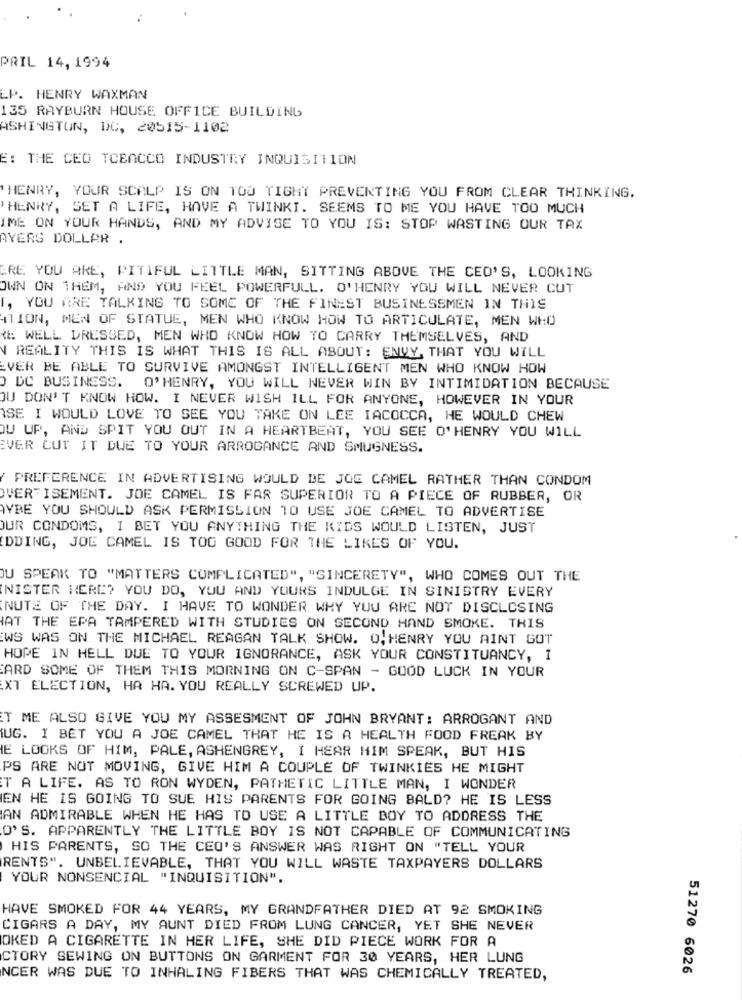
PRIL 14, 1994
LP. HENRY WAXMAN
135 RAYBURN HOUSE OFFICE BUILDING
ASHINGTON, DC, 20515-1102
E: THE CEO TOBACCO INDUSTRY INQUISITION
'HENRY, YOUR SCALP IS ON TOO TIGHT PREVENTING YOU FROM CLEAR THINKING.
'HENRY, GET A LIFE, HAVE A TWINKI. SEEMS TO ME YOU HAVE TOO MUCH
IME ON YOUR HANDS, AND MY ADVISE TO YOU IS: STOP WASTING OUR TAX
AYERS DOLLAR .
ARE YOU ARE, PITIFUL LITTLE MAN, SITTING ABOVE THE CEO'S, LOOKING
OWN ON THEM, AND YOU FEEL POWERFULL. O'HENRY YOU WILL NEVER CUT
I, YOU ARE TALKING TO SOME OF THE FINEST BUSINESSMEN IN THIS
ATION, MEN OF STATUE, MEN WHO KNOW HOW TO ARTICULATE, MEN WHO
: WELL DRESSED, MEN WHO KNOW HOW TO CARRY THEMSELVES, AND
REALITY THIS IS WHAT THIS IS ALL ABOUT: ENVY, THAT YOU WILL
EVER BE ABLE TO SURVIVE AMONGST INTELLIGENT MEN WHO KNOW HOW
O DC BUSINESS.
O'HENRY, YOU WILL NEVER WIN BY INTIMIDATION BECAUSE
JU DON'T KNOW HOW. I NEVER WISH ILL FOR ANYONE, HOWEVER IN YOUR
SE I WOULD LOVE TO SEE YOU TAKE ON LEE IACOCCA, HE WOULD CHEW
OU UP, AND SPIT YOU OUT IN A HEARTBEAT, YOU SEE O'HENRY YOU WILL
EVER CUT IT DUE TO YOUR ARROGANCE AND SMUGNESS.
PREFERENCE IN ADVERTISING WOULD BE JOE CAMEL RATHER THAN CONDOM
OVER ISEMENT. JOE CAMEL IS FAR SUPERIOR TO A PIECE OF RUBBER, OR
YBE YOU SHOULD ASK PERMISSION TO USE JOE CAMEL TO ADVERTISE
OUR CONDOMS, I BET YOU ANYTHING THE KIDS WOULD LISTEN, JUST
DDING, JOE CAMEL IS TOG GOOD FOR THE LIKES OF YOU.
JU SPEAK TO "MATTERS COMPLICATED", "SINCERETY", WHO COMES OUT THE
NISTER HERE? YOU DO, YOU AND YOURS INDULGE IN SINISTRY EVERY
NUTE OF THE DAY. I HAVE TO WONDER WHY YOU ARE NOT DISCLOSING
AT THE EPA TAMPERED WITH STUDIES ON SECOND HAND SMOKE. THIS
WS WAS ON THE MICHAEL REAGAN TALK SHOW. O. HENRY YOU AINT GOT
HOPE IN HELL DUE TO YOUR IGNORANCE, ASK YOUR CONSTITUANCY, 1
ARD SOME OF THEM THIS MORNING ON C-SPAN - GOOD LUCK IN YOUR
XT ELECTION, HA HA. YOU REALLY SCREWED UP.
T ME ALSO GIVE YOU MY ASSESMENT OF JOHN BRYANT: ARROGANT AND
UG. I BET YOU A JOE CAMEL THAT HE IS A HEALTH FOOD FREAK BY
E LOOKS OF HIM, PALE, ASHENGREY, I HEAR HIM SPEAK, BUT HIS
PS ARE NOT MOVING, GIVE HIM A COUPLE OF TWINKIES HE MIGHT
T A LIFE. AS TO RON WYDEN, PATHETIC LITTLE MAN, I WONDER
IEN HE IS GOING TO SUE HIS PARENTS FOR GOING BALD? HE IS LESS
IAN ADMIRABLE WHEN HE HAS TO USE A LITTLE BOY TO ADDRESS THE
O'S. APPARENTLY THE LITTLE BOY IS NOT CAPABLE OF COMMUNICATING
HIS PARENTS, SO THE CEO'S ANSWER WAS RIGHT ON "TELL YOUR
RENTS". UNBELIEVABLE, THAT YOU WILL WASTE TAXPAYERS DOLLARS
YOUR NONSENCIAL "INQUISITION".
HAVE SMOKED FOR 44 YEARS, MY GRANDFATHER DIED AT 92 SMOKING
CIGARS A DAY, MY AUNT DIED FROM LUNG CANCER, YET SHE NEVER
OKED A CIGARETTE IN HER LIFE, SHE DID PIECE WORK FOR A
CTORY SEWING ON BUTTONS ON GARMENT FOR 30 YEARS, HER LUNG
51270 6026
NCER WAS DUE TO INHALING FIBERS THAT WAS CHEMICALLY TREATED,